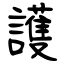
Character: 護